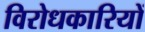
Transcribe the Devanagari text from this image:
विरोधकारियों